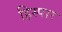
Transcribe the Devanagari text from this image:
हिस्पार